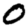
Digit: 0